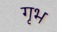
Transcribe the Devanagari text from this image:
गृभ